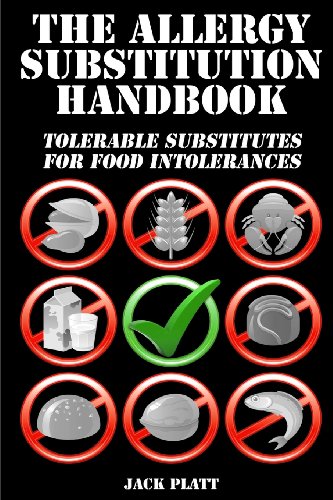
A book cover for The Allergy Substitution Handbook: Tolerable Substitutes for Food Intolerance; Jack Platt; Health, Fitness & Dieting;